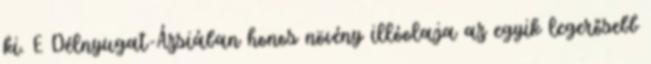
ki. E Délnyugat-Ázsiában honos növény illóolaja az egyik legerősebb